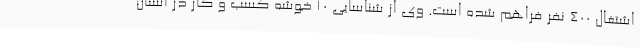
اشتغال 400 نفر فراهم شده است. وی از شناسایی 10 خوشه کسب و کار در استان